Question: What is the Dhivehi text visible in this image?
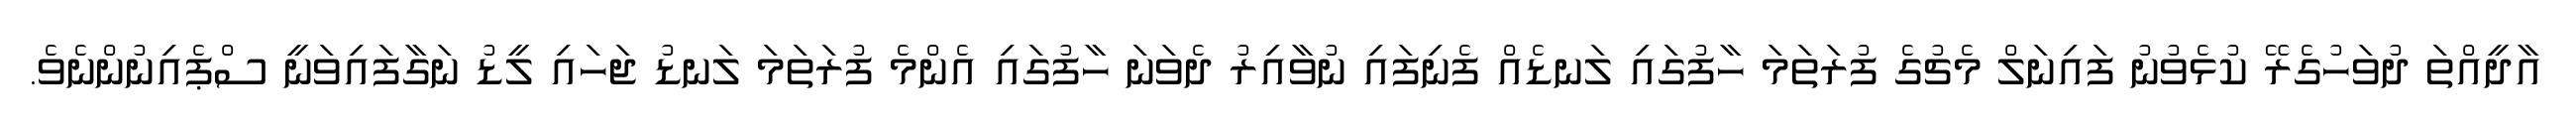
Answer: އާދީއްތަ ދުވަހުގެރޭ ކުޅެވުނު ފައިނަލް މެޗުގެ ފުރަތަމަ ހާފުގައި ލަނޑެއް ފެނިފައި ނުވާއިރު ދެވަނަ ހާފުގައި އެންމެ ފުރަތަމަ ލަނޑު ޖަހައި ލީޑު ނަގާފައިވަނީ ސްޕެއިނުންނެވެ.